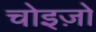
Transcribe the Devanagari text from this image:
चोइज़ो